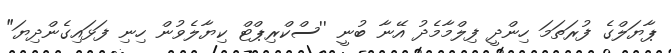
ޕާޔަލްގެ ފުރަތަމަ ހިންދީ ފިލްމާމެދު އޭނާ ބުނީ ''ސްކްރިޕްޓް ކިޔާލެވުން ހިނި ފަޅައިގެންދިޔަ"